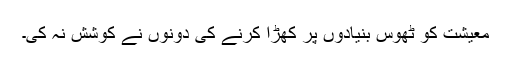
معیشت کو ٹھوس بنیادوں پر کھڑا کرنے کی دونوں نے کوشش نہ کی۔